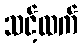
သင့်ထက်